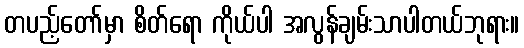
တပည့်တော်မှာ စိတ်ရော ကိုယ်ပါ အလွန်ချမ်းသာပါတယ်ဘုရား။